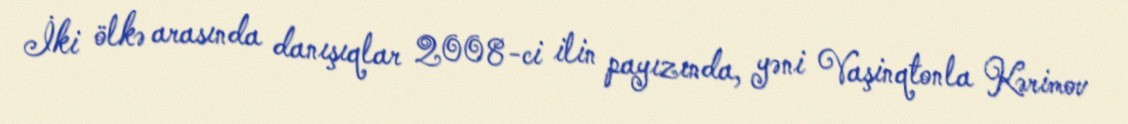
İki ölkə arasında danışıqlar 2008-ci ilin payızında, yəni Vaşinqtonla Kərimov